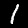
Digit: 1